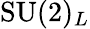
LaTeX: \mathrm{SU}(2)_{L}